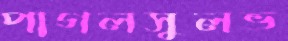
পাগলসুলভ